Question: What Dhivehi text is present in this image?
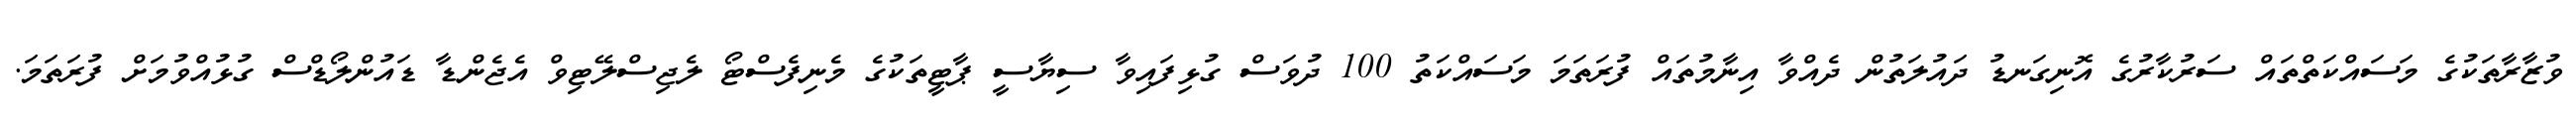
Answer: ވުޒާރާތަކުގެ މަސައްކަތްތައް ސަރުކާރުގެ އޮނިގަނޑު ދައުލަތުން ދެއްވާ އިނާމުތައް ފުރަތަމަ މަސައްކަތު 100 ދުވަސް ގުޅިފައިވާ ސިޔާސީ ޕާޓީތަކުގެ މެނިފެސްޓޯ ލެޖިސްލޭޓިވް އެޖެންޑާ ޑައުންލޯޑްސް ގުޅުއްވުމަށް ފުރަތަމަ.